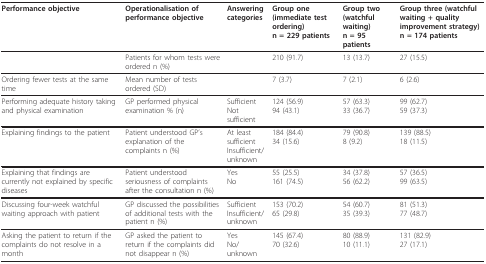
<table><thead><tr><td><b>Performance objective</b></td><td><b>Operationalisation of performance objective</b></td><td><b>Answering categories</b></td><td><b>Group one (immediate test ordering)n = 229 patients</b></td><td><b>Group two (watchful waiting)n = 95 patients</b></td><td><b>Group three (watchful waiting + quality improvement strategy)n = 174 patients</b></td></tr></thead><tbody><tr><td>[EMPTY_CELL]</td><td>Patients for whom tests were ordered n (%)</td><td>[EMPTY_CELL]</td><td>210 (91.7)</td><td>13 (13.7)</td><td>27 (15.5)</td></tr><tr><td>Ordering fewer tests at the same time</td><td>Mean number of tests ordered (SD)</td><td>[EMPTY_CELL]</td><td>7 (3.7)</td><td>7 (2.1)</td><td>6 (2.6)</td></tr><tr><td>Performing adequate history taking and physical examination</td><td>GP performed physical examination % (n)</td><td>SufficientNot sufficient</td><td>124 (56.9)94 (43.1)</td><td>57 (63.3)33 (36.7)</td><td>99 (62.7)59 (37.3)</td></tr><tr><td>Explaining findings to the patient</td><td>Patient understood GP's explanation of the complaints n (%)</td><td>At least sufficientInsufficient/unknown</td><td>184 (84.4)34 (15.6)</td><td>79 (90.8)8 (9.2)</td><td>139 (88.5)18 (11.5)</td></tr><tr><td>Explaining that findings are currently not explained by specific diseases</td><td>Patient understood seriousness of complaints after the consultation n (%)</td><td>YesNo</td><td>55 (25.5)161 (74.5)</td><td>34 (37.8)56 (62.2)</td><td>57 (36.5)99 (63.5)</td></tr><tr><td>Discussing four-week watchful waiting approach with patient</td><td>GP discussed the possibilities of additional tests with the patient n (%)</td><td>SufficientInsufficient/unknown</td><td>153 (70.2)65 (29.8)</td><td>54 (60.7)35 (39.3)</td><td>81 (51.3)77 (48.7)</td></tr><tr><td>Asking the patient to return if the complaints do not resolve in a month</td><td>GP asked the patient to return if the complaints did not disappear n (%)</td><td>YesNo/unknown</td><td>145 (67.4)70 (32.6)</td><td>80 (88.9)10 (11.1)</td><td>131 (82.9)27 (17.1)</td></tr></tbody></table>